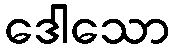
ဒေါသော